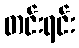
တင်းရင်း